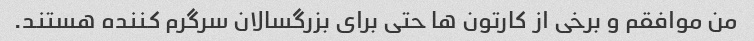
من موافقم و برخی از کارتون ها حتی برای بزرگسالان سرگرم کننده هستند.